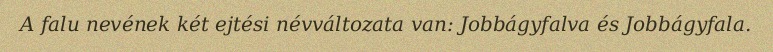
A falu nevének két ejtési névváltozata van: Jobbágyfalva és Jobbágyfala.